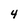
Character: 4